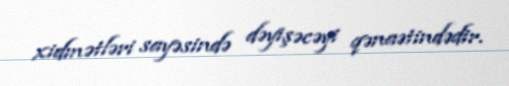
xidmətləri sayəsində dəyişəcəyi qənaətindədir.